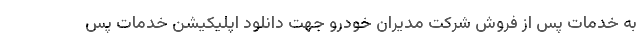
به خدمات پس از فروش شرکت مدیران خودرو جهت دانلود اپلیکیشن خدمات پس